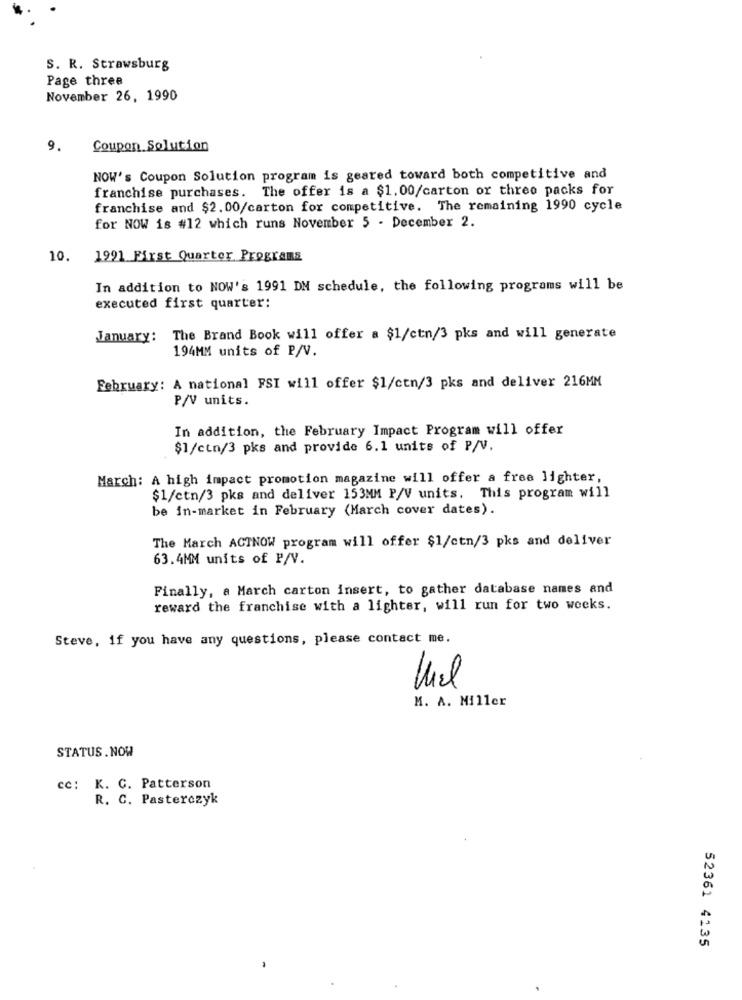
S. R. Strawsburg
Page three
November 26, 1990
9.
Coupon Solution
NOW's Coupon Solution program is geared toward both competitive and
franchise purchases. The offer is a $1.00/carton or three packs for
franchise and $2.00/carton for competitive. The remaining 1990 cycle
for NOW is #12 which runs November 5 - December 2.
10.
1991 First Quarter Programs
In addition to NOW's 1991 DN schedule, the following programs will be
executed first quarter:
January:
The Brand Book will offer a $1/ctn/3 pks and will generate
194MM units of P/V.
February: A national FSI will offer $1/ctn/3 pks and deliver 216MM
P/V units.
In addition, the February Impact Program will offer
$1/ctn/3 pks and provide 6.1 units of P/V.
March: A high impact promotion magazine will offer a free lighter,
$1/ctn/3 pks and deliver 153MM P/V units. This program will
be in-market in February (March cover dates).
The March ACTNOW program will offer $1/ctn/3 pks and deliver
63.4MM units of P/V.
Finally, a March carton insert, to gather database names and
reward the franchise with a lighter, will run for two weeks.
Steve, if you have any questions, please contact me.
M. A. Miller
STATUS. NOW
cc: K. C. Patterson
R. C. Pasterczyk
52361 4135